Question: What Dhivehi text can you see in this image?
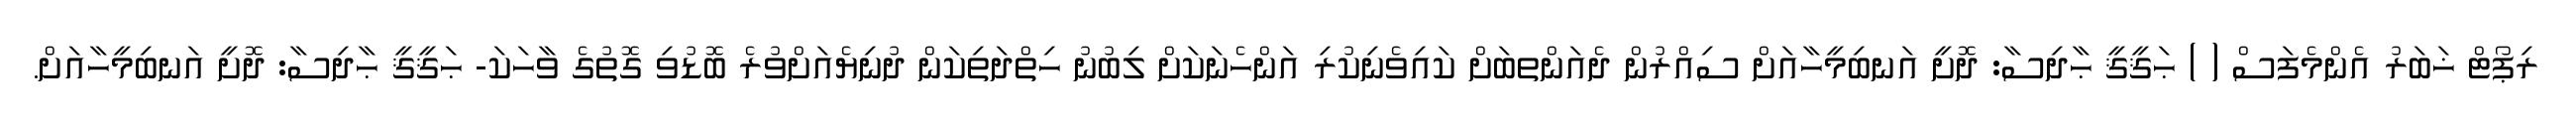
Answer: ރިޕޯޓް ޚަބަރު އެންމެފަސް ( ) ޙަޤީޤީ ޙާދިސާ: ދޮށީ އަނބިމީހާއަށް ސިއްރުން ދެއަންތބަށް ކައިވެނިކުރި އަންހެނަކަށް ލިބުނު ހިތްދަތިކަން ދުނިޔެއަށްވުރެ ބޮޑުވި ގޮތުގެ ވާހަކަ- ޙަޤީޤީ ޙާދިސާ: ދޮށީ އަނބިމީހާއަށް.